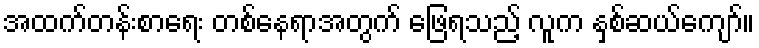
အထက်တန်းစာရေး တစ်နေရာအတွက် ဖြေရသည့် လူက နှစ်ဆယ်ကျော်။